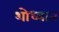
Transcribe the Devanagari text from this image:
शोध्यान